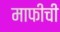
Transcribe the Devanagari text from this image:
माफीची